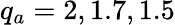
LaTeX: q_{a}=2,1.7,1.5